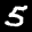
Label: 5